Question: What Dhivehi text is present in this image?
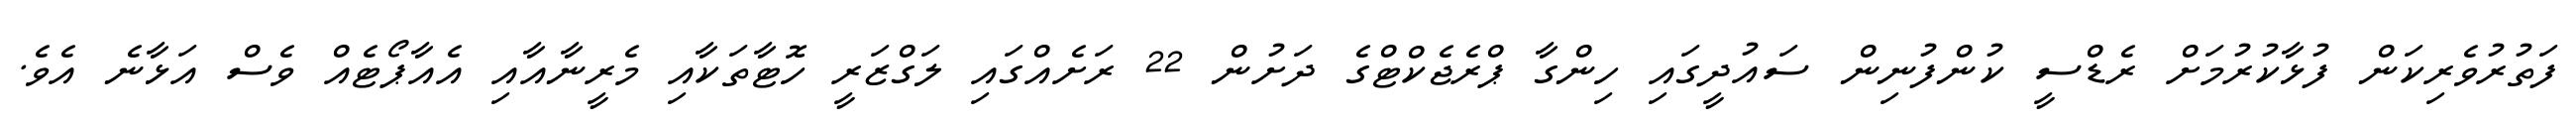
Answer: ފަތުރުވެރިކަން ފުޅާކުރުމަށް ރެޑްސީ ކުންފުނިން ސައުދީގައި ހިންގާ ޕްރެޖެކްޓްގެ ދަށުން 22 ރަށެއްގައި ލަގްޒަރީ ހޮޓާތަކާއި މެރީނާއާއި އެއާޕޯޓެއް ވެސް އަޅާނެ އެވެ.